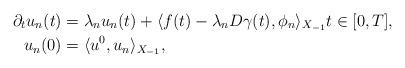
LaTeX: \begin{align*} \partial_{t} u_{n}(t) &= \lambda_{n} u_{n}(t) + \langle f(t) - \lambda_{n} D \gamma(t), \phi_{n}\rangle_{X_{-1}} t \in [0, T], \\ u_{n}(0) &= \langle u^{0}, u_{n}\rangle_{X_{-1}}, \end{align*}